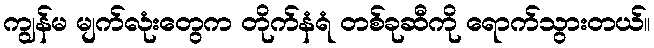
ကျွန်မ မျက်လုံးတွေက တိုက်နံရံ တစ်ခုဆီကို ရောက်သွားတယ်။